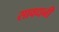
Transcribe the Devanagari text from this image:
सावधनी